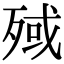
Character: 𣨤